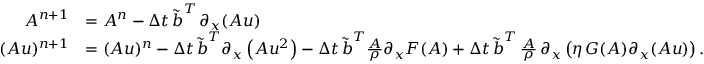
\begin{array} { r l } { A ^ { n + 1 } } & { = A ^ { n } - \Delta t \, \boldsymbol { \tilde { b } } ^ { T } \, \partial _ { x } ( \boldsymbol { A u } ) } \\ { ( A u ) ^ { n + 1 } } & { = ( A u ) ^ { n } - \Delta t \, \boldsymbol { \tilde { b } } ^ { T } \partial _ { x } \left( \boldsymbol { A u ^ { 2 } } \right) - \Delta t \, \boldsymbol { \tilde { b } } ^ { T } \frac { \boldsymbol { A } } { \rho } \partial _ { x } \boldsymbol { F } ( \boldsymbol { A } ) + \Delta t \, \boldsymbol { \tilde { b } } ^ { T } \, \frac { \boldsymbol { A } } { \rho } \, \partial _ { x } \left( \eta \, \boldsymbol { G } ( \boldsymbol { A } ) \partial _ { x } ( \boldsymbol { A u } ) \right) . } \end{array}